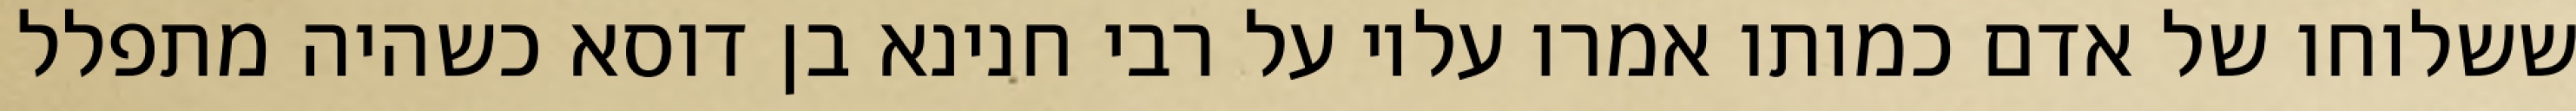
ששלוחו של אדם כמותו אמרו עליו על רבי חנינא בן דוסא כשהיה מתפלל